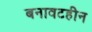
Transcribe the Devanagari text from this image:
बनावटहीन